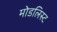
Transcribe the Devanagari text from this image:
मोडलिस्ट